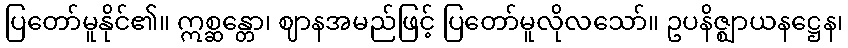
ပြတော်မူနိုင်၏။ ဣစ္ဆန္တော၊ ဈာနအမည်ဖြင့် ပြတော်မူလိုလသော်။ ဥပနိဇ္ဈာယနဋ္ဌေန၊